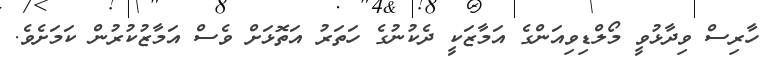
ހާރިސް ވިދާޅުވީ މޯލްޑިވިއަންގެ އަމާޒަކީ ދެކުނުގެ ހަތަރު އަތޮޅަށް ވެސް އަމާޒުކުރުން ކަމަށެވެ.